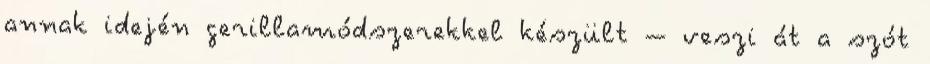
annak idején gerillamódszerekkel készült – veszi át a szót